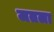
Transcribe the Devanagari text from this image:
जतला